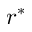
r ^ { * }